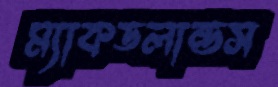
ম্যাকডলান্ডস